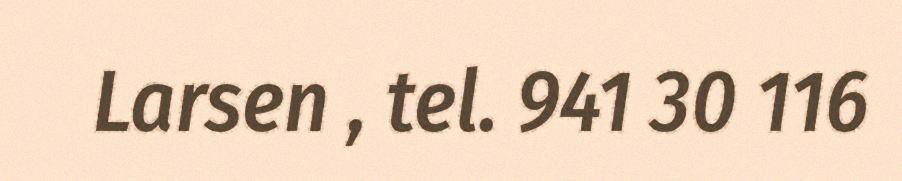
Larsen , tel. 941 30 116